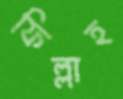
ফিল্লাহ